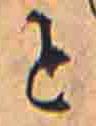
と